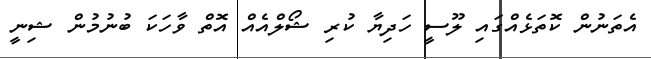
އެތަނުން ކޮތަޅެއްގައި ލޫސީ ހަދިޔާ ކުރި ޝޯލްއެއް އޮތް ވާހަކަ ބުނުމުން ޝިނީ